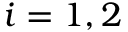
i = 1 , 2